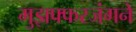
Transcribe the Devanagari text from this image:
मुझफ्फरजंगने